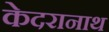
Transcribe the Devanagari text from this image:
केदरानाथ